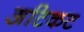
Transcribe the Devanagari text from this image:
अटिकट